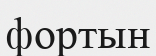
фортын